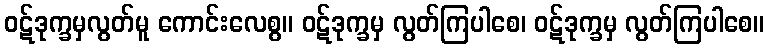
ဝဋ်ဒုက္ခမှလွတ်မူ ကောင်းလေစွ။ ဝဋ်ဒုက္ခမှ လွတ်ကြပါစေ၊ ဝဋ်ဒုက္ခမှ လွတ်ကြပါစေ။